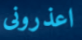
اعذرونى